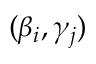
( \beta _ { i } , \gamma _ { j } )